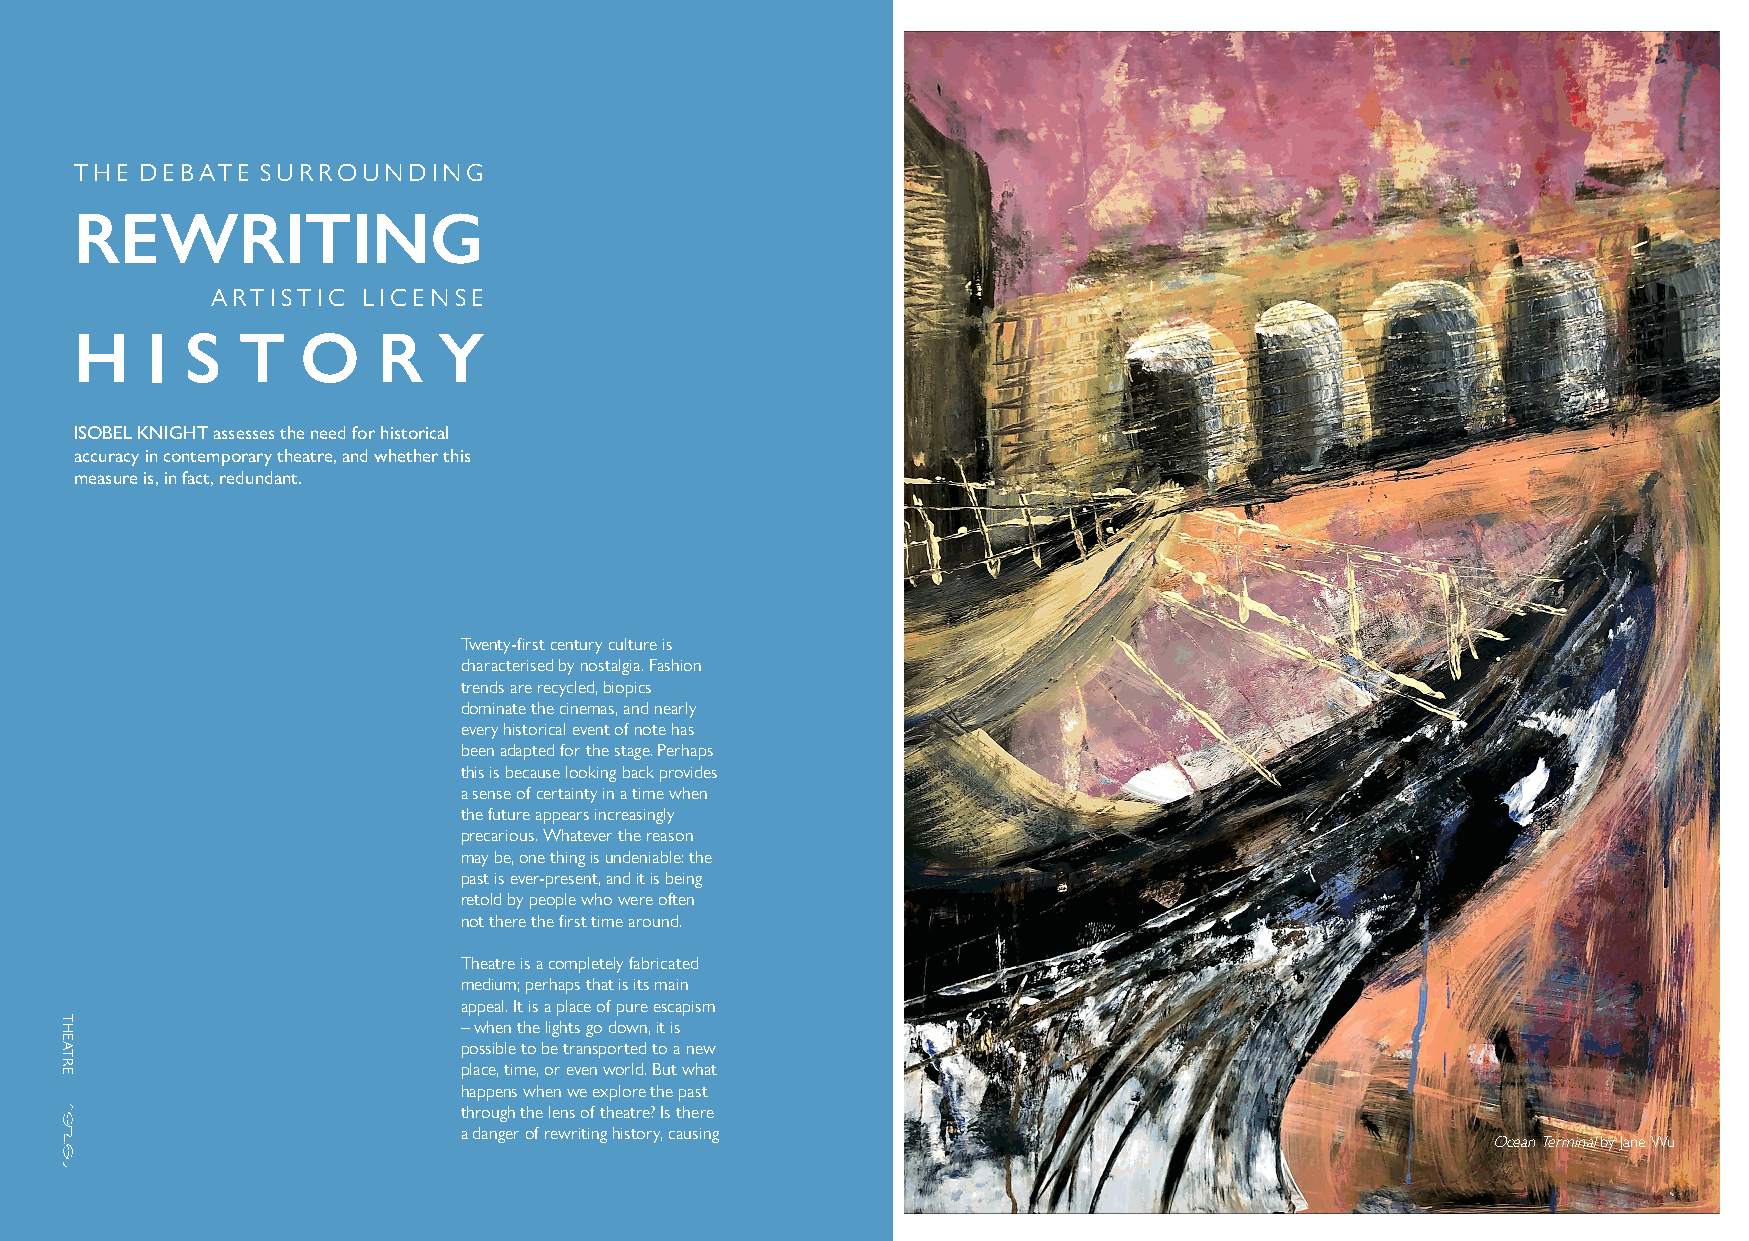
THE DEBATE  SURROUNDING
 REWRITING
 ARTISTIC  LICENSE
 H    I S   T   O    R   Y
 ISOBEL KNIGHT assesses the need for historical
 accuracy in contemporary theatre, and whether this
 measure is, in fact, redundant.
 Twenty-first century culture is
 characterised by nostalgia. Fashion
 trends are recycled, biopics
 dominate the cinemas, and nearly
 every historical event of note has
 been adapted for the stage. Perhaps
 this is because looking back provides
 a sense of certainty in a time when
 the future appears increasingly
 precarious. Whatever the reason
 may be, one thing is undeniable: the
 past is ever-present, and it is being
 retold by people who were often
 not there the first time around.
 Theatre is a completely fabricated
 medium; perhaps that is its main
 appeal. It is a place of pure escapism
 – when the lights go down, it is
 possible to be transported to a new
 place, time, or even world. But what
 happens when we explore the past
 through the lens of theatre? Is there
 a danger of rewriting history, causing
 Ocean Terminal by Jane Wu
 78
 THEATRE
 97